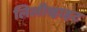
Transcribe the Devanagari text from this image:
लिलीव्हाइट